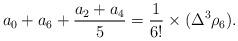
LaTeX: \begin{align*} a_0 + a_6 + \frac{a_2 + a_4}{5} = \frac{1}{6!} \times (\Delta^3 \rho_6).\end{align*}